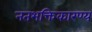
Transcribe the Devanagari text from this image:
नतभक्तिकारण्य